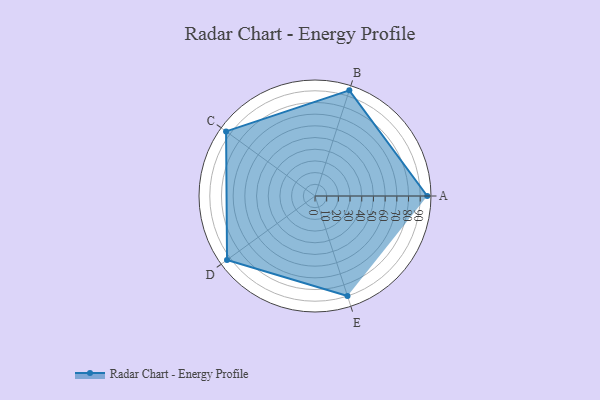
{"axis": {"x": "Skill", "y": "Score"}, "legend": ["Profile"], "data": [{"x": "A", "y": 96.0, "type": "Profile"}, {"x": "B", "y": 95.0, "type": "Profile"}, {"x": "C", "y": 94.0, "type": "Profile"}, {"x": "D", "y": 93.0, "type": "Profile"}, {"x": "E", "y": 90.0, "type": "Profile"}]}